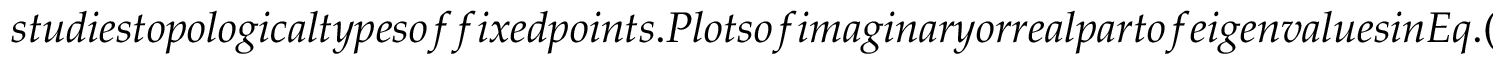
s t u d i e s t o p o l o g i c a l t y p e s o f f i x e d p o i n t s . P l o t s o f i m a g i n a r y o r r e a l p a r t o f e i g e n v a l u e s i n E q . (